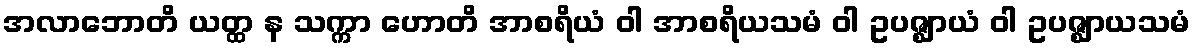
အလာဘောတိ ယတ္ထ န သက္ကာ ဟောတိ အာစရိယံ ဝါ အာစရိယသမံ ဝါ ဥပဇ္ဈာယံ ဝါ ဥပဇ္ဈာယသမံ